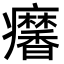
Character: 𤼍